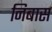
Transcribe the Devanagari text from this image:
निबास